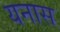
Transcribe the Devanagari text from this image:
यनास